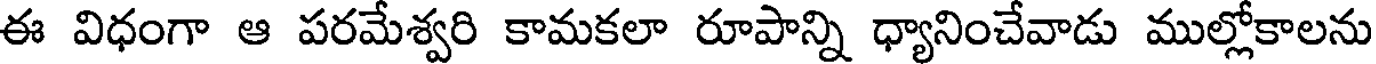
ఈ విధంగా ఆ పరమేశ్వరి కామకలా రూపాన్ని ధ్యానించేవాడు ముల్లోకాలను